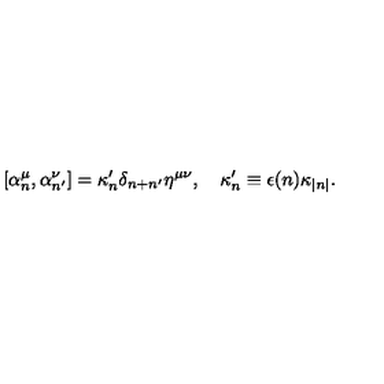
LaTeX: \lbrack \alpha _ { n } ^ { \mu } , \alpha _ { n ^ { \prime } } ^ { \nu } ] = \kappa _ { n } ^ { \prime } \delta _ { n + n ^ { \prime } } \eta ^ { \mu \nu } , \quad \kappa _ { n } ^ { \prime } \equiv \epsilon ( n ) \kappa _ { | n | } .